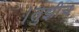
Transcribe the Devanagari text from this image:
।तुझीच